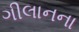
ગીલાનના